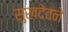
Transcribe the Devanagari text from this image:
सुखदेवने